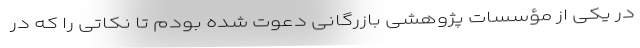
در یکی از مؤسسات پژوهشی بازرگانی دعوت شده بودم تا نکاتی را که در